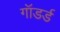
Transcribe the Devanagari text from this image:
गॉडर्ड